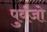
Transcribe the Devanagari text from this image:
पुर्वजो